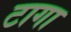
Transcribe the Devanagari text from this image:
टागा